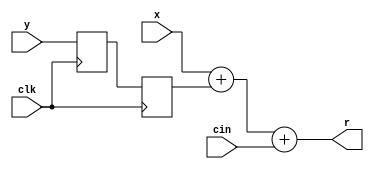
module intadder_11_f300_uid1333
  (input wire clk,
   input wire [10:0] x,
   input wire [10:0] y,
   input wire cin,
   output wire [10:0] r);
  wire [10:0] rtmp;
  wire [10:0] y_d1;
  wire [10:0] y_d2;
  wire [10:0] n443_o;
  wire [10:0] n444_o;
  wire [10:0] n445_o;
  reg [10:0] n446_q;
  reg [10:0] n447_q;
  assign r = rtmp;
  assign rtmp = n445_o; // (signal)
  assign y_d1 = n446_q; // (signal)
  assign y_d2 = n447_q; // (signal)
  assign n443_o = x + y_d2;
  assign n444_o = {10'b0, cin};  //  uext
  assign n445_o = n443_o + n444_o;
  always @(posedge clk)
    n446_q <= y;
  always @(posedge clk)
    n447_q <= y_d1;
endmodule

module intadder_8_f300_uid10
  (input wire clk,
   input wire [7:0] x,
   input wire [7:0] y,
   input wire cin,
   output wire [7:0] r);
  wire [7:0] rtmp;
  wire [7:0] x_d1;
  wire [7:0] x_d2;
  wire [7:0] y_d1;
  wire [7:0] y_d2;
  wire [7:0] n429_o;
  wire [7:0] n430_o;
  wire [7:0] n431_o;
  reg [7:0] n432_q;
  reg [7:0] n433_q;
  reg [7:0] n434_q;
  reg [7:0] n435_q;
  assign r = rtmp;
  assign rtmp = n431_o; // (signal)
  assign x_d1 = n432_q; // (signal)
  assign x_d2 = n433_q; // (signal)
  assign y_d1 = n434_q; // (signal)
  assign y_d2 = n435_q; // (signal)
  assign n429_o = x_d2 + y_d2;
  assign n430_o = {7'b0, cin};  //  uext
  assign n431_o = n429_o + n430_o;
  always @(posedge clk)
    n432_q <= x;
  always @(posedge clk)
    n433_q <= x_d1;
  always @(posedge clk)
    n434_q <= y;
  always @(posedge clk)
    n435_q <= y_d1;
endmodule

module rightshiftersticky5_by_max_7_f300_uid8
  (input wire clk,
   input wire [4:0] x,
   input wire [2:0] s,
   output wire [6:0] r,
   output wire sticky);
  wire [2:0] ps;
  wire [2:0] ps_d1;
  wire [2:0] ps_d2;
  wire [6:0] xpadded;
  wire [6:0] level3;
  wire [6:0] level3_d1;
  wire stk2;
  wire [6:0] level2;
  wire [6:0] level2_d1;
  wire stk1;
  wire stk1_d1;
  wire [6:0] level1;
  wire [6:0] level1_d1;
  wire [6:0] level1_d2;
  wire stk0;
  wire [6:0] level0;
  wire [6:0] n368_o;
  wire [3:0] n370_o;
  wire n372_o;
  wire n373_o;
  wire n374_o;
  wire n375_o;
  wire n377_o;
  wire n378_o;
  wire [6:0] n379_o;
  wire [2:0] n380_o;
  wire [6:0] n382_o;
  wire [1:0] n384_o;
  wire n386_o;
  wire n387_o;
  wire n388_o;
  wire n389_o;
  wire n390_o;
  wire n392_o;
  wire n393_o;
  wire [6:0] n394_o;
  wire [4:0] n395_o;
  wire [6:0] n397_o;
  wire n399_o;
  wire n401_o;
  wire n402_o;
  wire n403_o;
  wire n404_o;
  wire n405_o;
  wire n407_o;
  wire n408_o;
  wire [6:0] n409_o;
  wire [5:0] n410_o;
  wire [6:0] n412_o;
  reg [2:0] n413_q;
  reg [2:0] n414_q;
  reg [6:0] n415_q;
  reg [6:0] n416_q;
  reg n417_q;
  reg [6:0] n418_q;
  reg [6:0] n419_q;
  assign r = level0;
  assign sticky = stk0;
  assign ps = s; // (signal)
  assign ps_d1 = n413_q; // (signal)
  assign ps_d2 = n414_q; // (signal)
  assign xpadded = n368_o; // (signal)
  assign level3 = xpadded; // (signal)
  assign level3_d1 = n415_q; // (signal)
  assign stk2 = n375_o; // (signal)
  assign level2 = n379_o; // (signal)
  assign level2_d1 = n416_q; // (signal)
  assign stk1 = n390_o; // (signal)
  assign stk1_d1 = n417_q; // (signal)
  assign level1 = n394_o; // (signal)
  assign level1_d1 = n418_q; // (signal)
  assign level1_d2 = n419_q; // (signal)
  assign stk0 = n405_o; // (signal)
  assign level0 = n409_o; // (signal)
  assign n368_o = {x, 2'b00};
  assign n370_o = level3_d1[3:0];
  assign n372_o = n370_o != 4'b0000;
  assign n373_o = ps_d1[2];
  assign n374_o = n372_o & n373_o;
  assign n375_o = n374_o ? 1'b1 : 1'b0;
  assign n377_o = ps[2];
  assign n378_o = ~n377_o;
  assign n379_o = n378_o ? level3 : n382_o;
  assign n380_o = level3[6:4];
  assign n382_o = {4'b0000, n380_o};
  assign n384_o = level2_d1[1:0];
  assign n386_o = n384_o != 2'b00;
  assign n387_o = ps_d1[1];
  assign n388_o = n386_o & n387_o;
  assign n389_o = n388_o | stk2;
  assign n390_o = n389_o ? 1'b1 : 1'b0;
  assign n392_o = ps[1];
  assign n393_o = ~n392_o;
  assign n394_o = n393_o ? level2 : n397_o;
  assign n395_o = level2[6:2];
  assign n397_o = {2'b00, n395_o};
  assign n399_o = level1_d2[0];
  assign n401_o = n399_o != 1'b0;
  assign n402_o = ps_d2[0];
  assign n403_o = n401_o & n402_o;
  assign n404_o = n403_o | stk1_d1;
  assign n405_o = n404_o ? 1'b1 : 1'b0;
  assign n407_o = ps[0];
  assign n408_o = ~n407_o;
  assign n409_o = n408_o ? level1 : n412_o;
  assign n410_o = level1[6:1];
  assign n412_o = {1'b0, n410_o};
  always @(posedge clk)
    n413_q <= ps;
  always @(posedge clk)
    n414_q <= ps_d1;
  always @(posedge clk)
    n415_q <= level3;
  always @(posedge clk)
    n416_q <= level2;
  always @(posedge clk)
    n417_q <= stk1;
  always @(posedge clk)
    n418_q <= level1;
  always @(posedge clk)
    n419_q <= level1_d1;
endmodule

module normalizer_z_6_6_6_f300_uid6
  (input wire clk,
   input wire [5:0] x,
   output wire [2:0] count,
   output wire [5:0] r);
  wire [5:0] level3;
  wire [5:0] level3_d1;
  wire count2;
  wire [5:0] level2;
  wire count1;
  wire [5:0] level1;
  wire [5:0] level1_d1;
  wire count0;
  wire count0_d1;
  wire [5:0] level0;
  wire [2:0] scount;
  wire [3:0] n317_o;
  wire n319_o;
  wire n320_o;
  wire n322_o;
  wire [5:0] n323_o;
  wire [1:0] n324_o;
  wire [5:0] n326_o;
  wire [1:0] n328_o;
  wire n330_o;
  wire n331_o;
  wire n333_o;
  wire [5:0] n334_o;
  wire [3:0] n335_o;
  wire [5:0] n337_o;
  wire n339_o;
  wire n341_o;
  wire n342_o;
  wire n344_o;
  wire [5:0] n345_o;
  wire [4:0] n346_o;
  wire [5:0] n348_o;
  wire [1:0] n349_o;
  wire [2:0] n350_o;
  reg [5:0] n351_q;
  reg [5:0] n352_q;
  reg n353_q;
  assign count = scount;
  assign r = level0;
  assign level3 = x; // (signal)
  assign level3_d1 = n351_q; // (signal)
  assign count2 = n320_o; // (signal)
  assign level2 = n323_o; // (signal)
  assign count1 = n331_o; // (signal)
  assign level1 = n334_o; // (signal)
  assign level1_d1 = n352_q; // (signal)
  assign count0 = n342_o; // (signal)
  assign count0_d1 = n353_q; // (signal)
  assign level0 = n345_o; // (signal)
  assign scount = n350_o; // (signal)
  assign n317_o = level3_d1[5:2];
  assign n319_o = n317_o == 4'b0000;
  assign n320_o = n319_o ? 1'b1 : 1'b0;
  assign n322_o = ~count2;
  assign n323_o = n322_o ? level3_d1 : n326_o;
  assign n324_o = level3_d1[1:0];
  assign n326_o = {n324_o, 4'b0000};
  assign n328_o = level2[5:4];
  assign n330_o = n328_o == 2'b00;
  assign n331_o = n330_o ? 1'b1 : 1'b0;
  assign n333_o = ~count1;
  assign n334_o = n333_o ? level2 : n337_o;
  assign n335_o = level2[3:0];
  assign n337_o = {n335_o, 2'b00};
  assign n339_o = level1[5];
  assign n341_o = n339_o == 1'b0;
  assign n342_o = n341_o ? 1'b1 : 1'b0;
  assign n344_o = ~count0_d1;
  assign n345_o = n344_o ? level1_d1 : n348_o;
  assign n346_o = level1_d1[4:0];
  assign n348_o = {n346_o, 1'b0};
  assign n349_o = {count2, count1};
  assign n350_o = {n349_o, count0};
  always @(posedge clk)
    n351_q <= level3;
  always @(posedge clk)
    n352_q <= level1;
  always @(posedge clk)
    n353_q <= count0;
endmodule

module intdualsub_7_f300_uid4
  (input wire clk,
   input wire [6:0] x,
   input wire [6:0] y,
   output wire [6:0] xmy,
   output wire [6:0] ymx);
  wire [6:0] temprxmy;
  wire [6:0] temprymx;
  wire [6:0] n297_o;
  wire [6:0] n298_o;
  wire [6:0] n301_o;
  wire [6:0] n302_o;
  wire [6:0] n303_o;
  wire [6:0] n306_o;
  assign xmy = temprxmy;
  assign ymx = temprymx;
  assign temprxmy = n301_o; // (signal)
  assign temprymx = n306_o; // (signal)
  assign n297_o = ~y;
  assign n298_o = x + n297_o;
  assign n301_o = n298_o + 7'b0000001;
  assign n302_o = ~x;
  assign n303_o = y + n302_o;
  assign n306_o = n303_o + 7'b0000001;
endmodule

module fadd #(parameter ID=1)
  (input wire clk,
   input wire [11:0] X,
   input wire [11:0] Y,
   output wire [11:0] R);
  wire [11:0] inx;
  wire [11:0] iny;
  wire exceptionxsuperiory;
  wire exceptionxequaly;
  wire [5:0] signedexponentx;
  wire [5:0] signedexponenty;
  wire [5:0] exponentdifferencexy;
  wire [4:0] exponentdifferenceyx;
  wire swap;
  wire [11:0] newx;
  wire [11:0] newx_d1;
  wire [11:0] newy;
  wire [4:0] exponentdifference;
  wire shiftedout;
  wire [2:0] shiftval;
  wire effsub;
  wire effsub_d1;
  wire effsub_d2;
  wire selectclosepath;
  wire selectclosepath_d1;
  wire selectclosepath_d2;
  wire [3:0] sdexnxy;
  wire pipesigny;
  wire [6:0] fracxclose1;
  wire [6:0] fracyclose1;
  wire [6:0] fracrclosexmy;
  wire [6:0] fracrcloseymx;
  wire fracsignclose;
  wire [5:0] fracrclose1;
  wire ressign;
  wire [2:0] nzerosnew;
  wire [5:0] shiftedfrac;
  wire roundclose0;
  wire resultcloseiszero0;
  wire [6:0] exponentresultclose;
  wire [6:0] exponentresultclose_d1;
  wire [10:0] resultbeforeroundclose;
  wire roundclose;
  wire resultcloseiszero;
  wire [4:0] fracnewy;
  wire [6:0] shiftedfracy;
  wire sticky;
  wire [7:0] fracyfar;
  wire [7:0] effsubvector;
  wire [7:0] fracyfarxorop;
  wire [7:0] fracxfar;
  wire cinaddfar;
  wire [7:0] fracresultfar0;
  wire [7:0] fracresultfarnormstage;
  wire [1:0] fracleadingbits;
  wire [3:0] fracresultfar1;
  wire fracresultroundbit;
  wire fracresultstickybit;
  wire roundfar1;
  wire [1:0] expoperationsel;
  wire [6:0] exponentupdate;
  wire [6:0] exponentresultfar0;
  wire [6:0] exponentresultfar0_d1;
  wire [6:0] exponentresultfar0_d2;
  wire [6:0] exponentresultfar1;
  wire [10:0] resultbeforeroundfar;
  wire roundfar;
  wire [10:0] resultbeforeround;
  wire round;
  wire zerofromclose;
  wire zerofromclose_d1;
  wire [10:0] resultrounded;
  wire synceffsub;
  wire synceffsub_d1;
  wire synceffsub_d2;
  wire [11:0] syncx;
  wire [11:0] syncx_d1;
  wire [11:0] syncx_d2;
  wire syncsigny;
  wire syncsigny_d1;
  wire syncsigny_d2;
  wire syncressign;
  wire syncressign_d1;
  wire syncressign_d2;
  wire [1:0] underflowoverflow;
  wire [11:0] resultnoexn;
  wire [3:0] syncexnxy;
  wire [3:0] syncexnxy_d1;
  wire [3:0] syncexnxy_d2;
  wire [1:0] exnr;
  wire sgnr;
  wire [8:0] expsigr;
  wire [1:0] n25_o;
  wire [1:0] n26_o;
  wire n27_o;
  wire n28_o;
  wire [1:0] n31_o;
  wire [1:0] n32_o;
  wire n33_o;
  wire n34_o;
  wire [4:0] n36_o;
  wire [5:0] n38_o;
  wire [4:0] n39_o;
  wire [5:0] n41_o;
  wire [5:0] n42_o;
  wire [4:0] n43_o;
  wire [4:0] n44_o;
  wire [4:0] n45_o;
  wire n46_o;
  wire n47_o;
  wire n48_o;
  wire n49_o;
  wire [11:0] n50_o;
  wire [11:0] n51_o;
  wire [4:0] n52_o;
  wire [4:0] n53_o;
  wire n54_o;
  wire n55_o;
  wire n56_o;
  wire [2:0] n57_o;
  wire n58_o;
  wire [2:0] n59_o;
  wire n61_o;
  wire n62_o;
  wire n63_o;
  wire [3:0] n64_o;
  wire n66_o;
  wire n67_o;
  wire [1:0] n69_o;
  wire [1:0] n70_o;
  wire [3:0] n71_o;
  wire n72_o;
  wire [3:0] n73_o;
  wire [5:0] n75_o;
  wire [6:0] n77_o;
  wire n78_o;
  wire [3:0] n79_o;
  wire [5:0] n81_o;
  wire [6:0] n83_o;
  wire n85_o;
  wire [3:0] n86_o;
  wire [6:0] n88_o;
  reg [6:0] n89_o;
  wire [6:0] fpadd_5_4_f300_uid2_dualsubclose_n90;
  wire [6:0] fpadd_5_4_f300_uid2_dualsubclose_n91;
  wire [6:0] fpadd_5_4_f300_uid2_dualsubclose_xmy;
  wire [6:0] fpadd_5_4_f300_uid2_dualsubclose_ymx;
  wire n96_o;
  wire [5:0] n97_o;
  wire n98_o;
  wire [5:0] n99_o;
  wire [5:0] n100_o;
  wire n103_o;
  wire n104_o;
  wire n105_o;
  wire n106_o;
  wire n107_o;
  wire n108_o;
  wire [2:0] norm_n109;
  wire [5:0] norm_n110;
  wire [2:0] norm_count;
  wire [5:0] norm_r;
  wire n115_o;
  wire n116_o;
  wire n117_o;
  wire n120_o;
  wire n121_o;
  wire [4:0] n123_o;
  wire [6:0] n125_o;
  wire [6:0] n127_o;
  wire [6:0] n128_o;
  wire [3:0] n129_o;
  wire [10:0] n130_o;
  wire [3:0] n131_o;
  wire [4:0] n133_o;
  wire [6:0] rightshiftercomponent_n134;
  wire rightshiftercomponent_n135;
  wire [6:0] rightshiftercomponent_r;
  wire rightshiftercomponent_sticky;
  wire [7:0] n141_o;
  wire [3:0] n142_o;
  wire [3:0] n143_o;
  wire [7:0] n144_o;
  wire [7:0] n145_o;
  wire [3:0] n146_o;
  wire [5:0] n148_o;
  wire [7:0] n150_o;
  wire n151_o;
  wire n152_o;
  wire [7:0] fpadd_5_4_f300_uid2_fracaddfar_n153;
  wire [7:0] fpadd_5_4_f300_uid2_fracaddfar_r;
  wire [1:0] n156_o;
  wire [3:0] n157_o;
  wire n159_o;
  wire [3:0] n160_o;
  wire [3:0] n161_o;
  wire n163_o;
  wire [3:0] n164_o;
  wire [3:0] n165_o;
  wire n166_o;
  wire n168_o;
  wire n169_o;
  wire n170_o;
  wire n172_o;
  wire n173_o;
  wire n174_o;
  wire n176_o;
  wire n177_o;
  wire n178_o;
  wire n179_o;
  wire n181_o;
  wire n182_o;
  wire n183_o;
  wire n184_o;
  wire n185_o;
  wire n186_o;
  wire n187_o;
  wire n188_o;
  wire n189_o;
  wire n192_o;
  wire [1:0] n193_o;
  wire n196_o;
  wire [1:0] n197_o;
  wire n199_o;
  wire n200_o;
  wire n201_o;
  wire n202_o;
  wire n203_o;
  wire n204_o;
  wire [3:0] n205_o;
  wire [1:0] n206_o;
  wire [5:0] n207_o;
  wire n208_o;
  wire [6:0] n209_o;
  wire [4:0] n210_o;
  wire [6:0] n212_o;
  wire [6:0] n213_o;
  wire [10:0] n214_o;
  wire n216_o;
  reg [10:0] n217_o;
  wire n219_o;
  reg n220_o;
  wire n221_o;
  localparam [10:0] n222_o = 11'b00000000000;
  wire [10:0] fpadd_5_4_f300_uid2_finalroundadd_n223;
  wire [10:0] fpadd_5_4_f300_uid2_finalroundadd_r;
  wire [1:0] n226_o;
  wire n227_o;
  wire [1:0] n229_o;
  wire n231_o;
  wire n234_o;
  wire n236_o;
  wire n237_o;
  wire n238_o;
  wire [1:0] n240_o;
  wire [1:0] n241_o;
  reg [1:0] n242_o;
  wire [8:0] n243_o;
  wire [9:0] n244_o;
  wire [1:0] n245_o;
  wire n247_o;
  wire [1:0] n249_o;
  wire n251_o;
  wire n254_o;
  wire [1:0] n255_o;
  wire [2:0] n256_o;
  reg [1:0] n257_o;
  wire n258_o;
  wire n260_o;
  wire n261_o;
  wire n262_o;
  wire n264_o;
  wire n265_o;
  wire [1:0] n266_o;
  reg n267_o;
  wire [8:0] n268_o;
  wire n270_o;
  wire [8:0] n271_o;
  reg [8:0] n272_o;
  wire [2:0] n273_o;
  wire [11:0] n274_o;
  reg [11:0] n275_q;
  reg n276_q;
  reg n277_q;
  reg n278_q;
  reg n279_q;
  reg [6:0] n280_q;
  reg [6:0] n281_q;
  reg [6:0] n282_q;
  reg n283_q;
  reg n284_q;
  reg n285_q;
  reg [11:0] n286_q;
  reg [11:0] n287_q;
  reg n288_q;
  reg n289_q;
  reg n290_q;
  reg n291_q;
  wire [11:0] n292_o;
  reg [3:0] n293_q;
  reg [3:0] n294_q;
  assign R = n274_o;
  assign inx = X; // (signal)
  assign iny = Y; // (signal)
  assign exceptionxsuperiory = n28_o; // (signal)
  assign exceptionxequaly = n34_o; // (signal)
  assign signedexponentx = n38_o; // (signal)
  assign signedexponenty = n41_o; // (signal)
  assign exponentdifferencexy = n42_o; // (signal)
  assign exponentdifferenceyx = n45_o; // (signal)
  assign swap = n49_o; // (signal)
  assign newx = n50_o; // (signal)
  assign newx_d1 = n275_q; // (signal)
  assign newy = n51_o; // (signal)
  assign exponentdifference = n52_o; // (signal)
  assign shiftedout = n56_o; // (signal)
  assign shiftval = n59_o; // (signal)
  assign effsub = n63_o; // (signal)
  assign effsub_d1 = n276_q; // (signal)
  assign effsub_d2 = n277_q; // (signal)
  assign selectclosepath = n67_o; // (signal)
  assign selectclosepath_d1 = n278_q; // (signal)
  assign selectclosepath_d2 = n279_q; // (signal)
  assign sdexnxy = n71_o; // (signal)
  assign pipesigny = n72_o; // (signal)
  assign fracxclose1 = n77_o; // (signal)
  assign fracyclose1 = n89_o; // (signal)
  assign fracrclosexmy = fpadd_5_4_f300_uid2_dualsubclose_n90; // (signal)
  assign fracrcloseymx = fpadd_5_4_f300_uid2_dualsubclose_n91; // (signal)
  assign fracsignclose = n96_o; // (signal)
  assign fracrclose1 = n99_o; // (signal)
  assign ressign = n105_o; // (signal)
  assign nzerosnew = norm_n109; // (signal)
  assign shiftedfrac = norm_n110; // (signal)
  assign roundclose0 = n117_o; // (signal)
  assign resultcloseiszero0 = n121_o; // (signal)
  assign exponentresultclose = n128_o; // (signal)
  assign exponentresultclose_d1 = n280_q; // (signal)
  assign resultbeforeroundclose = n130_o; // (signal)
  assign roundclose = roundclose0; // (signal)
  assign resultcloseiszero = resultcloseiszero0; // (signal)
  assign fracnewy = n133_o; // (signal)
  assign shiftedfracy = rightshiftercomponent_n134; // (signal)
  assign sticky = rightshiftercomponent_n135; // (signal)
  assign fracyfar = n141_o; // (signal)
  assign effsubvector = n144_o; // (signal)
  assign fracyfarxorop = n145_o; // (signal)
  assign fracxfar = n150_o; // (signal)
  assign cinaddfar = n152_o; // (signal)
  assign fracresultfar0 = fpadd_5_4_f300_uid2_fracaddfar_n153; // (signal)
  assign fracresultfarnormstage = fracresultfar0; // (signal)
  assign fracleadingbits = n156_o; // (signal)
  assign fracresultfar1 = n160_o; // (signal)
  assign fracresultroundbit = n169_o; // (signal)
  assign fracresultstickybit = n177_o; // (signal)
  assign roundfar1 = n189_o; // (signal)
  assign expoperationsel = n193_o; // (signal)
  assign exponentupdate = n209_o; // (signal)
  assign exponentresultfar0 = n212_o; // (signal)
  assign exponentresultfar0_d1 = n281_q; // (signal)
  assign exponentresultfar0_d2 = n282_q; // (signal)
  assign exponentresultfar1 = n213_o; // (signal)
  assign resultbeforeroundfar = n214_o; // (signal)
  assign roundfar = roundfar1; // (signal)
  assign resultbeforeround = n217_o; // (signal)
  assign round = n220_o; // (signal)
  assign zerofromclose = n221_o; // (signal)
  assign zerofromclose_d1 = n283_q; // (signal)
  assign resultrounded = fpadd_5_4_f300_uid2_finalroundadd_n223; // (signal)
  assign synceffsub = effsub; // (signal)
  assign synceffsub_d1 = n284_q; // (signal)
  assign synceffsub_d2 = n285_q; // (signal)
  assign syncx = newx; // (signal)
  assign syncx_d1 = n286_q; // (signal)
  assign syncx_d2 = n287_q; // (signal)
  assign syncsigny = pipesigny; // (signal)
  assign syncsigny_d1 = n288_q; // (signal)
  assign syncsigny_d2 = n289_q; // (signal)
  assign syncressign = ressign; // (signal)
  assign syncressign_d1 = n290_q; // (signal)
  assign syncressign_d2 = n291_q; // (signal)
  assign underflowoverflow = n226_o; // (signal)
  assign resultnoexn = n292_o; // (signal)
  assign syncexnxy = sdexnxy; // (signal)
  assign syncexnxy_d1 = n293_q; // (signal)
  assign syncexnxy_d2 = n294_q; // (signal)
  assign exnr = n257_o; // (signal)
  assign sgnr = n267_o; // (signal)
  assign expsigr = n272_o; // (signal)
  assign n25_o = inx[11:10];
  assign n26_o = iny[11:10];
  assign n27_o = $unsigned(n25_o) >= $unsigned(n26_o);
  assign n28_o = n27_o ? 1'b1 : 1'b0;
  assign n31_o = inx[11:10];
  assign n32_o = iny[11:10];
  assign n33_o = n31_o == n32_o;
  assign n34_o = n33_o ? 1'b1 : 1'b0;
  assign n36_o = inx[8:4];
  assign n38_o = {1'b0, n36_o};
  assign n39_o = iny[8:4];
  assign n41_o = {1'b0, n39_o};
  assign n42_o = signedexponentx - signedexponenty;
  assign n43_o = signedexponenty[4:0];
  assign n44_o = signedexponentx[4:0];
  assign n45_o = n43_o - n44_o;
  assign n46_o = exponentdifferencexy[5];
  assign n47_o = exceptionxequaly & n46_o;
  assign n48_o = ~exceptionxsuperiory;
  assign n49_o = n47_o | n48_o;
  assign n50_o = swap ? iny : inx;
  assign n51_o = swap ? inx : iny;
  assign n52_o = swap ? exponentdifferenceyx : n53_o;
  assign n53_o = exponentdifferencexy[4:0];
  assign n54_o = exponentdifference[4];
  assign n55_o = exponentdifference[3];
  assign n56_o = n54_o | n55_o;
  assign n57_o = exponentdifference[2:0];
  assign n58_o = ~shiftedout;
  assign n59_o = n58_o ? n57_o : 3'b111;
  assign n61_o = newx[9];
  assign n62_o = newy[9];
  assign n63_o = n61_o ^ n62_o;
  assign n64_o = exponentdifference[4:1];
  assign n66_o = n64_o == 4'b0000;
  assign n67_o = n66_o ? effsub : 1'b0;
  assign n69_o = newx[11:10];
  assign n70_o = newy[11:10];
  assign n71_o = {n69_o, n70_o};
  assign n72_o = newy[9];
  assign n73_o = newx[3:0];
  assign n75_o = {2'b01, n73_o};
  assign n77_o = {n75_o, 1'b0};
  assign n78_o = exponentdifference[0];
  assign n79_o = newy[3:0];
  assign n81_o = {2'b01, n79_o};
  assign n83_o = {n81_o, 1'b0};
  assign n85_o = n78_o == 1'b0;
  assign n86_o = newy[3:0];
  assign n88_o = {3'b001, n86_o};
  always @*
    case (n85_o)
      1'b1: n89_o = n83_o;
      default: n89_o = n88_o;
    endcase
  assign fpadd_5_4_f300_uid2_dualsubclose_n90 = fpadd_5_4_f300_uid2_dualsubclose_xmy; // (signal)
  assign fpadd_5_4_f300_uid2_dualsubclose_n91 = fpadd_5_4_f300_uid2_dualsubclose_ymx; // (signal)
  intdualsub_7_f300_uid4 fpadd_5_4_f300_uid2_dualsubclose (
    .clk(clk),
    .x(fracxclose1),
    .y(fracyclose1),
    .xmy(fpadd_5_4_f300_uid2_dualsubclose_xmy),
    .ymx(fpadd_5_4_f300_uid2_dualsubclose_ymx));
  assign n96_o = fracrclosexmy[6];
  assign n97_o = fracrclosexmy[5:0];
  assign n98_o = ~fracsignclose;
  assign n99_o = n98_o ? n97_o : n100_o;
  assign n100_o = fracrcloseymx[5:0];
  assign n103_o = fracrclose1 == 6'b000000;
  assign n104_o = selectclosepath & n103_o;
  assign n105_o = n104_o ? 1'b0 : n108_o;
  assign n106_o = newx[9];
  assign n107_o = selectclosepath & fracsignclose;
  assign n108_o = n106_o ^ n107_o;
  assign norm_n109 = norm_count; // (signal)
  assign norm_n110 = norm_r; // (signal)
  normalizer_z_6_6_6_f300_uid6 norm (
    .clk(clk),
    .x(fracrclose1),
    .count(norm_count),
    .r(norm_r));
  assign n115_o = shiftedfrac[0];
  assign n116_o = shiftedfrac[1];
  assign n117_o = n115_o & n116_o;
  assign n120_o = nzerosnew == 3'b111;
  assign n121_o = n120_o ? 1'b1 : 1'b0;
  assign n123_o = newx_d1[8:4];
  assign n125_o = {2'b00, n123_o};
  assign n127_o = {4'b0000, nzerosnew};
  assign n128_o = n125_o - n127_o;
  assign n129_o = shiftedfrac[4:1];
  assign n130_o = {exponentresultclose_d1, n129_o};
  assign n131_o = newy[3:0];
  assign n133_o = {1'b1, n131_o};
  assign rightshiftercomponent_n134 = rightshiftercomponent_r; // (signal)
  assign rightshiftercomponent_n135 = rightshiftercomponent_sticky; // (signal)
  rightshiftersticky5_by_max_7_f300_uid8 rightshiftercomponent (
    .clk(clk),
    .x(fracnewy),
    .s(shiftval),
    .r(rightshiftercomponent_r),
    .sticky(rightshiftercomponent_sticky));
  assign n141_o = {1'b0, shiftedfracy};
  assign n142_o = {effsub, effsub, effsub, effsub};
  assign n143_o = {effsub, effsub, effsub, effsub};
  assign n144_o = {n142_o, n143_o};
  assign n145_o = fracyfar ^ effsubvector;
  assign n146_o = newx[3:0];
  assign n148_o = {2'b01, n146_o};
  assign n150_o = {n148_o, 2'b00};
  assign n151_o = ~sticky;
  assign n152_o = effsub_d2 & n151_o;
  assign fpadd_5_4_f300_uid2_fracaddfar_n153 = fpadd_5_4_f300_uid2_fracaddfar_r; // (signal)
  intadder_8_f300_uid10 fpadd_5_4_f300_uid2_fracaddfar (
    .clk(clk),
    .x(fracxfar),
    .y(fracyfarxorop),
    .cin(cinaddfar),
    .r(fpadd_5_4_f300_uid2_fracaddfar_r));
  assign n156_o = fracresultfarnormstage[7:6];
  assign n157_o = fracresultfarnormstage[4:1];
  assign n159_o = fracleadingbits == 2'b00;
  assign n160_o = n159_o ? n157_o : n164_o;
  assign n161_o = fracresultfarnormstage[5:2];
  assign n163_o = fracleadingbits == 2'b01;
  assign n164_o = n163_o ? n161_o : n165_o;
  assign n165_o = fracresultfarnormstage[6:3];
  assign n166_o = fracresultfarnormstage[0];
  assign n168_o = fracleadingbits == 2'b00;
  assign n169_o = n168_o ? n166_o : n173_o;
  assign n170_o = fracresultfarnormstage[1];
  assign n172_o = fracleadingbits == 2'b01;
  assign n173_o = n172_o ? n170_o : n174_o;
  assign n174_o = fracresultfarnormstage[2];
  assign n176_o = fracleadingbits == 2'b00;
  assign n177_o = n176_o ? sticky : n182_o;
  assign n178_o = fracresultfarnormstage[0];
  assign n179_o = n178_o | sticky;
  assign n181_o = fracleadingbits == 2'b01;
  assign n182_o = n181_o ? n179_o : n186_o;
  assign n183_o = fracresultfarnormstage[1];
  assign n184_o = fracresultfarnormstage[0];
  assign n185_o = n183_o | n184_o;
  assign n186_o = n185_o | sticky;
  assign n187_o = fracresultfar1[0];
  assign n188_o = fracresultstickybit | n187_o;
  assign n189_o = fracresultroundbit & n188_o;
  assign n192_o = fracleadingbits == 2'b00;
  assign n193_o = n192_o ? 2'b11 : n197_o;
  assign n196_o = fracleadingbits == 2'b01;
  assign n197_o = n196_o ? 2'b00 : 2'b01;
  assign n199_o = expoperationsel[1];
  assign n200_o = expoperationsel[1];
  assign n201_o = expoperationsel[1];
  assign n202_o = expoperationsel[1];
  assign n203_o = expoperationsel[1];
  assign n204_o = expoperationsel[1];
  assign n205_o = {n204_o, n203_o, n202_o, n201_o};
  assign n206_o = {n200_o, n199_o};
  assign n207_o = {n205_o, n206_o};
  assign n208_o = expoperationsel[0];
  assign n209_o = {n207_o, n208_o};
  assign n210_o = newx[8:4];
  assign n212_o = {2'b00, n210_o};
  assign n213_o = exponentresultfar0_d2 + exponentupdate;
  assign n214_o = {exponentresultfar1, fracresultfar1};
  assign n216_o = selectclosepath_d2 == 1'b1;
  always @*
    case (n216_o)
      1'b1: n217_o = resultbeforeroundclose;
      default: n217_o = resultbeforeroundfar;
    endcase
  assign n219_o = selectclosepath_d2 == 1'b1;
  always @*
    case (n219_o)
      1'b1: n220_o = roundclose;
      default: n220_o = roundfar;
    endcase
  assign n221_o = selectclosepath_d1 & resultcloseiszero;
  assign fpadd_5_4_f300_uid2_finalroundadd_n223 = fpadd_5_4_f300_uid2_finalroundadd_r; // (signal)
  intadder_11_f300_uid1333 fpadd_5_4_f300_uid2_finalroundadd (
    .clk(clk),
    .x(resultbeforeround),
    .y(n222_o),
    .cin(round),
    .r(fpadd_5_4_f300_uid2_finalroundadd_r));
  assign n226_o = resultrounded[10:9];
  assign n227_o = ~zerofromclose_d1;
  assign n229_o = {n227_o, 1'b0};
  assign n231_o = underflowoverflow == 2'b01;
  assign n234_o = underflowoverflow == 2'b10;
  assign n236_o = underflowoverflow == 2'b11;
  assign n237_o = n234_o | n236_o;
  assign n238_o = ~zerofromclose_d1;
  assign n240_o = {1'b0, n238_o};
  assign n241_o = {n237_o, n231_o};
  always @*
    case (n241_o)
      2'b10: n242_o = 2'b00;
      2'b01: n242_o = n229_o;
      default: n242_o = n240_o;
    endcase
  assign n243_o = resultrounded[8:0];
  assign n244_o = {syncressign_d2, n243_o};
  assign n245_o = resultnoexn[11:10];
  assign n247_o = syncexnxy_d2 == 4'b0101;
  assign n249_o = {1'b1, synceffsub_d2};
  assign n251_o = syncexnxy_d2 == 4'b1010;
  assign n254_o = syncexnxy_d2 == 4'b1110;
  assign n255_o = syncexnxy_d2[3:2];
  assign n256_o = {n254_o, n251_o, n247_o};
  always @*
    case (n256_o)
      3'b100: n257_o = 2'b11;
      3'b010: n257_o = n249_o;
      3'b001: n257_o = n245_o;
      default: n257_o = n255_o;
    endcase
  assign n258_o = resultnoexn[9];
  assign n260_o = syncexnxy_d2 == 4'b0101;
  assign n261_o = syncx_d2[9];
  assign n262_o = n261_o & syncsigny_d2;
  assign n264_o = syncexnxy_d2 == 4'b0000;
  assign n265_o = syncx_d2[9];
  assign n266_o = {n264_o, n260_o};
  always @*
    case (n266_o)
      2'b10: n267_o = n262_o;
      2'b01: n267_o = n258_o;
      default: n267_o = n265_o;
    endcase
  assign n268_o = resultnoexn[8:0];
  assign n270_o = syncexnxy_d2 == 4'b0101;
  assign n271_o = syncx_d2[8:0];
  always @*
    case (n270_o)
      1'b1: n272_o = n268_o;
      default: n272_o = n271_o;
    endcase
  assign n273_o = {exnr, sgnr};
  assign n274_o = {n273_o, expsigr};
  always @(posedge clk)
    n275_q <= newx;
  always @(posedge clk)
    n276_q <= effsub;
  always @(posedge clk)
    n277_q <= effsub_d1;
  always @(posedge clk)
    n278_q <= selectclosepath;
  always @(posedge clk)
    n279_q <= selectclosepath_d1;
  always @(posedge clk)
    n280_q <= exponentresultclose;
  always @(posedge clk)
    n281_q <= exponentresultfar0;
  always @(posedge clk)
    n282_q <= exponentresultfar0_d1;
  always @(posedge clk)
    n283_q <= zerofromclose;
  always @(posedge clk)
    n284_q <= synceffsub;
  always @(posedge clk)
    n285_q <= synceffsub_d1;
  always @(posedge clk)
    n286_q <= syncx;
  always @(posedge clk)
    n287_q <= syncx_d1;
  always @(posedge clk)
    n288_q <= syncsigny;
  always @(posedge clk)
    n289_q <= syncsigny_d1;
  always @(posedge clk)
    n290_q <= syncressign;
  always @(posedge clk)
    n291_q <= syncressign_d1;
  assign n292_o = {n242_o, n244_o};
  always @(posedge clk)
    n293_q <= syncexnxy;
  always @(posedge clk)
    n294_q <= syncexnxy_d1;
endmodule